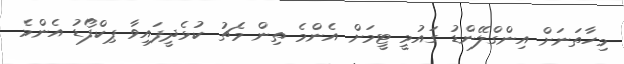
މިހާތަނަށް އިންގްލޭންޑު ގައުމީ ޓީމަށް އެންމެ ތިން މެޗު ކުޅެދީފައިވާ ޕިކްފޯޑު އެންމެ